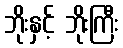
ဘိုးနှင့် ဘိုးကြီး